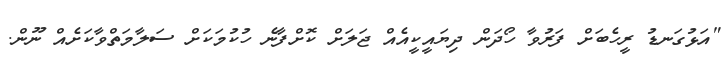
"އަޅުގަނޑު ރީހެބަށް ފަރުވާ ހޯދަން ދިޔައީކީއެއް ޖަލަށް ކޮށްފާނެ ހުކުމަކަށް ސަލާމަތްވާކަށެއް ނޫން.